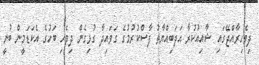
ދިވެހިރާއްޖޭގައި ޝާއިއުކުރާ އަދަބިއްޔާތު ފާސްކުރުމުގެ ގަވައިދާ ގުޅިގެން ދިވެހި ބަހުގެ އެކަޑަމީން ބުނީ